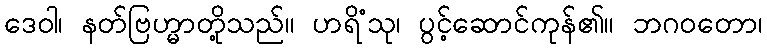
ဒေဝါ၊ နတ်ဗြဟ္မာတို့သည်။ ဟရိံသု၊ ပွင့်ဆောင်ကုန်၏။ ဘဂဝတော၊